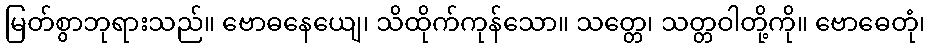
မြတ်စွာဘုရားသည်။ ဗောဓနေယျေ၊ သိထိုက်ကုန်သော။ သတ္တေ၊ သတ္တဝါတို့ကို။ ဗောဓေတုံ၊